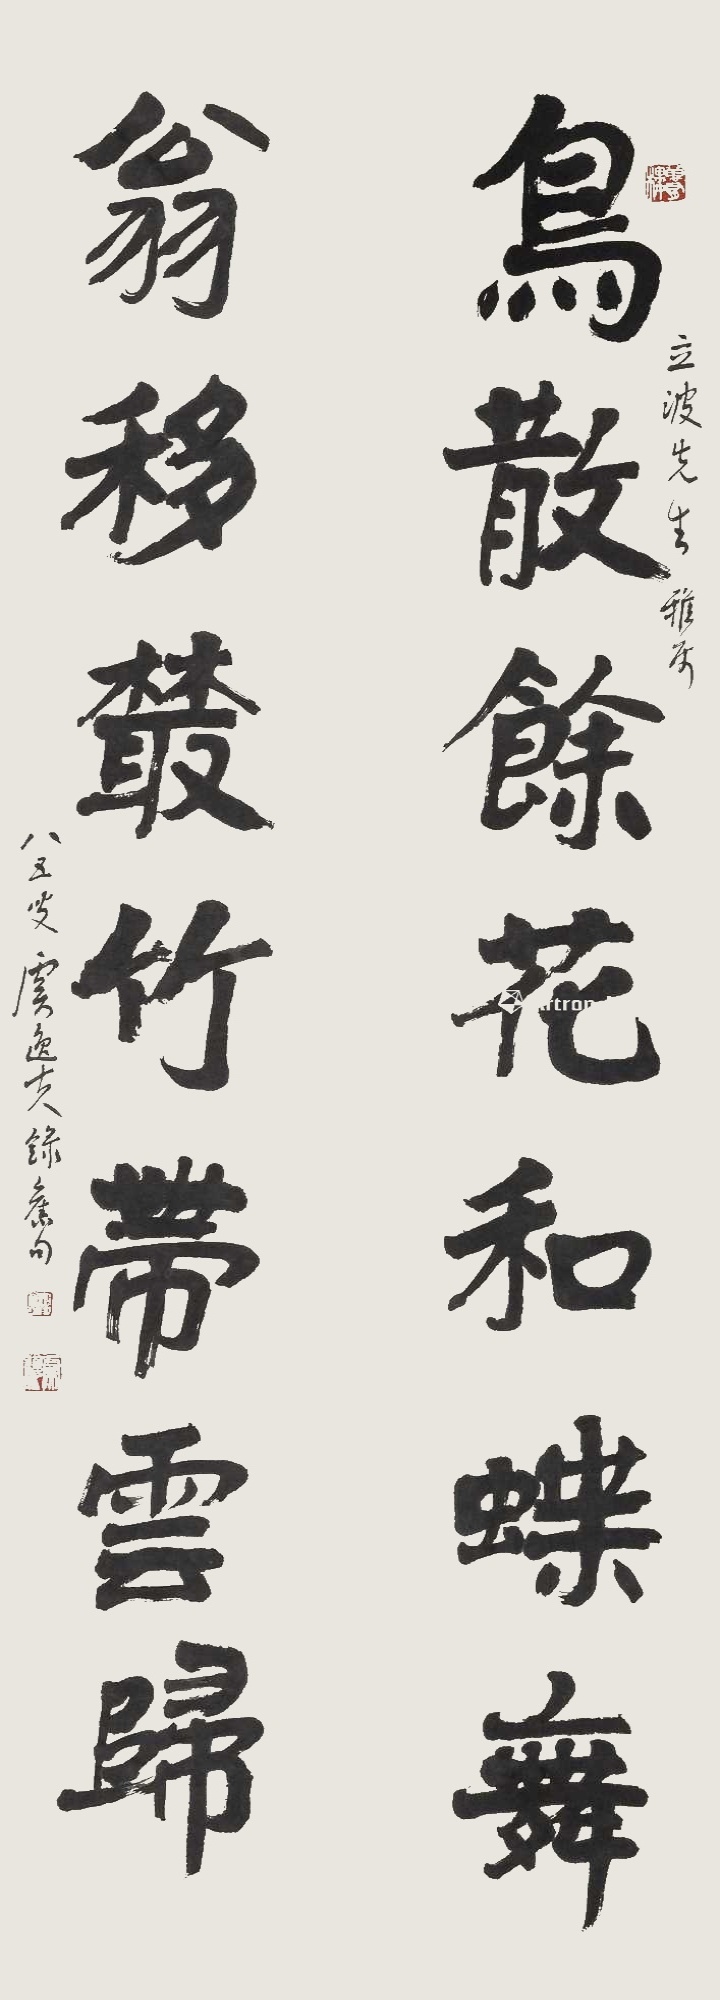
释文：鸟散余花和蝶舞，翁移丛竹带云归。立波先生雅属，八五叟虞逸夫录旧句。